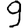
Digit: 9